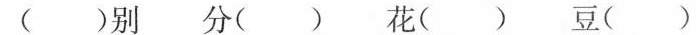
( )别 分( ) 花( ) 豆( )